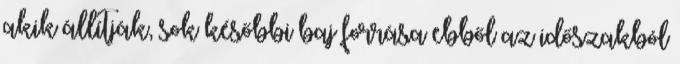
akik állítják, sok későbbi baj forrása ebből az időszakból